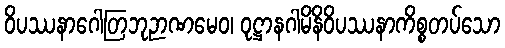
ဝိပဿနာဂေါတြဘုဉာဏမေဝ၊ ဝုဋ္ဌာနဂါမိနိဝိပဿနာကိစ္စတပ်သော